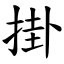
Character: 掛